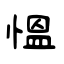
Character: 愠